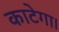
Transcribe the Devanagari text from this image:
काटेगा।